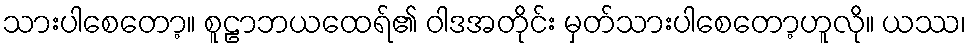
သားပါစေတော့။ စူဠာဘယထေရ်၏ ဝါဒအတိုင်း မှတ်သားပါစေတော့ဟူလို။ ယဿ၊